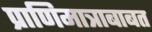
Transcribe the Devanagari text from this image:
प्राणिमात्राबाबत